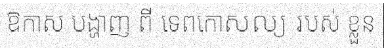
ឱកាស បង្ហាញ ពី ទេពកោសល្យ របស់ ខ្លួន